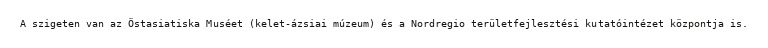
A szigeten van az Östasiatiska Muséet (kelet-ázsiai múzeum) és a Nordregio területfejlesztési kutatóintézet központja is.